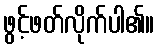
ဖွင့်ဖတ်လိုက်ပါ၏။